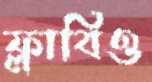
ফ্লাবিও